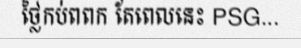
ថ្លៃកប់ពពក តែពេលនេះ PSG...